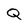
Character: Q